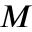
M